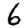
Digit: 6